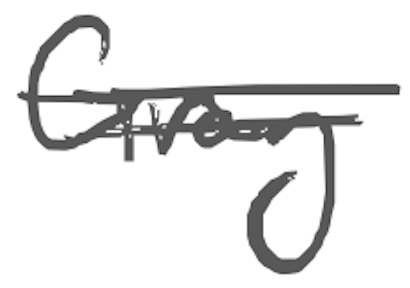
Text: Gray
Cross-out: double-line
Writing tool: digital_gray